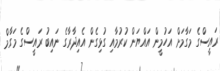
ރައީސްގެ މަގާމަށް އަހުމީން އައްޔަން ކުރުމާއި ގުޅިގެން އެއިދާރާގެ ނައިބު ރައީސްގެ މަގާމް